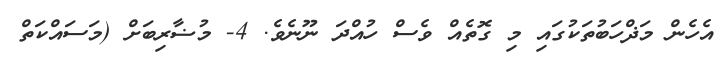
އެހެން މަޛްހަބުތަކުގައި މި ގޮތެއް ވެސް ހުއްދަ ނޫނެވެ. 4- މުޟާރިބަށް (މަސައްކަތް